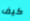
كيف